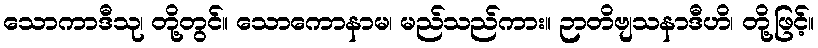
သောကာဒီသု၊ တို့တွင်။ သောကောနာမ၊ မည်သည်ကား။ ဉာတိဗျသနာဒီဟိ၊ တို့ဖြင့်။